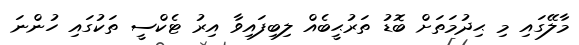
މާލޭގައި މި ޙިދުމަތަށް ބޮޑު ތަރުޙީބެއް ލިބިފައިވާ އިރު ޓެކްސީ ތަކުގައި ހުންނަ